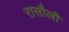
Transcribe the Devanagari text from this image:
रासौली